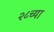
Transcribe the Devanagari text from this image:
२८च्या